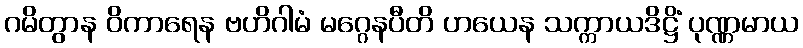
ဂမိတွာန ဝိကာရေန ဗဟိဂါမံ မဂ္ဂေနပီတိ ဟယေန သက္ကာယဒိဋ္ဌိံ ပုဏ္ဏမာယ